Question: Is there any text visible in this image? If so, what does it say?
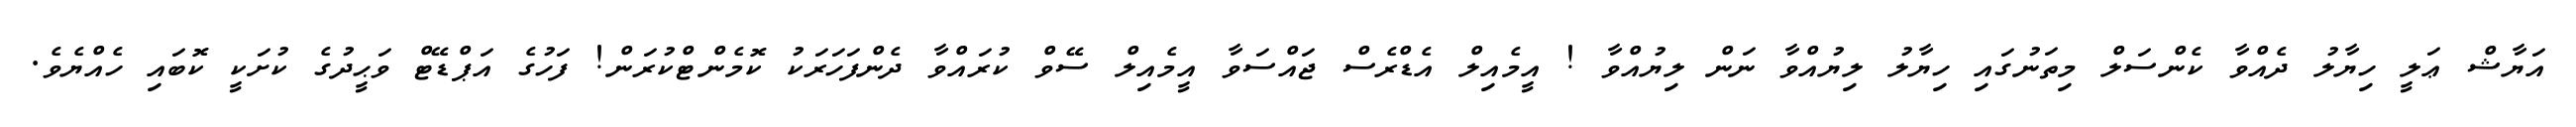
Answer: އަޔާޝް ޢަލީ ހިޔާލު ދެއްވާ ކެންސަލް މިތަނުގައި ހިޔާލު ލިޔުއްވާ ނަން ލިޔުއްވާ ! އީމެއިލް އެޑްރެސް ޖައްސަވާ އީމެއިލް ސޭވް ކުރައްވާ ދެންފަހަރަކު ކޮމެންޓްކުރަން! ފަހުގެ އަޕްޑޭޓް ވަޙީދުގެ ކުށަކީ ކޮބައި ހެއްޔެވެ.